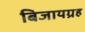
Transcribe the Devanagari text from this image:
बिजायग्रह